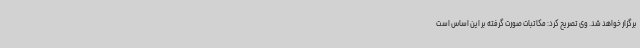
برگزار خواهد شد. وی تصریح کرد: مکاتبات صورت گرفته بر این اساس است